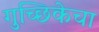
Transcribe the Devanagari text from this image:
गुच्छिकेचा